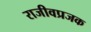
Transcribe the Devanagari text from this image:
राजीवप्रजक